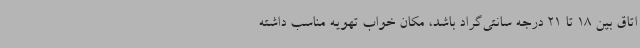
اتاق بین 18 تا 21 درجه سانتی‌گراد باشد، مکان خواب تهویه مناسب داشته